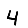
Digit: 4